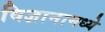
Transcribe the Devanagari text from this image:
विज्ञानामध्ये